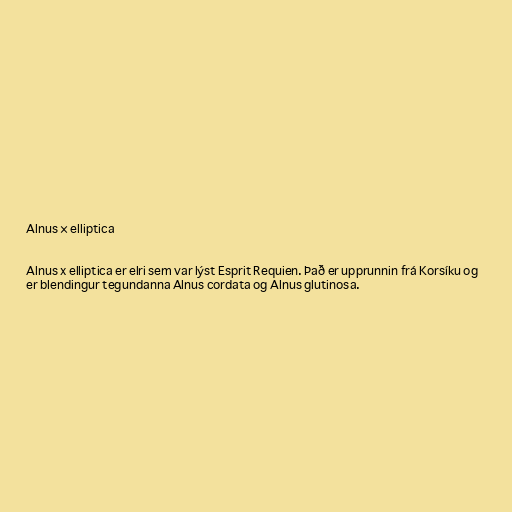
Alnus × elliptica

Alnus x elliptica er elri sem var lýst Esprit Requien. Það er upprunnin frá Korsíku og
er blendingur tegundanna Alnus cordata og Alnus glutinosa.